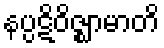
နပ္ပဋိဝိဇ္ဈာမာတိ